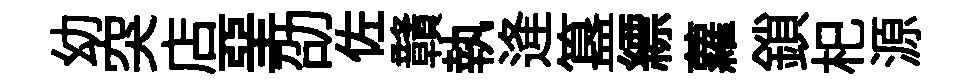
幼突店堊劭佐贛執逄簋縹蘿鎖𣏌源